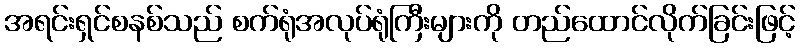
အရင်းရှင်စနစ်သည် စက်ရုံအလုပ်ရုံကြီးများကို တည်ထောင်လိုက်ခြင်းဖြင့်